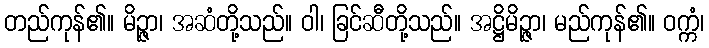
တည်ကုန်၏။ မိဉ္ဇာ၊ အဆံတို့သည်။ ဝါ၊ ခြင်ဆီတို့သည်။ အဋ္ဌိမိဉ္ဇာ၊ မည်ကုန်၏။ ဝက္ကံ၊